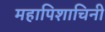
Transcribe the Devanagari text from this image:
महापिशाचिनी